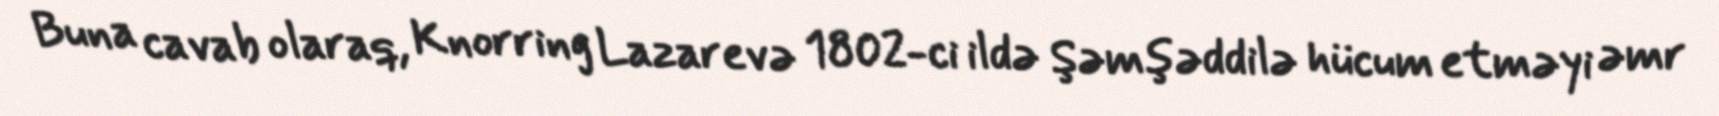
Buna cavab olaraq, Knorring Lazarevə 1802-ci ildə Şəmşəddilə hücum etməyi əmr